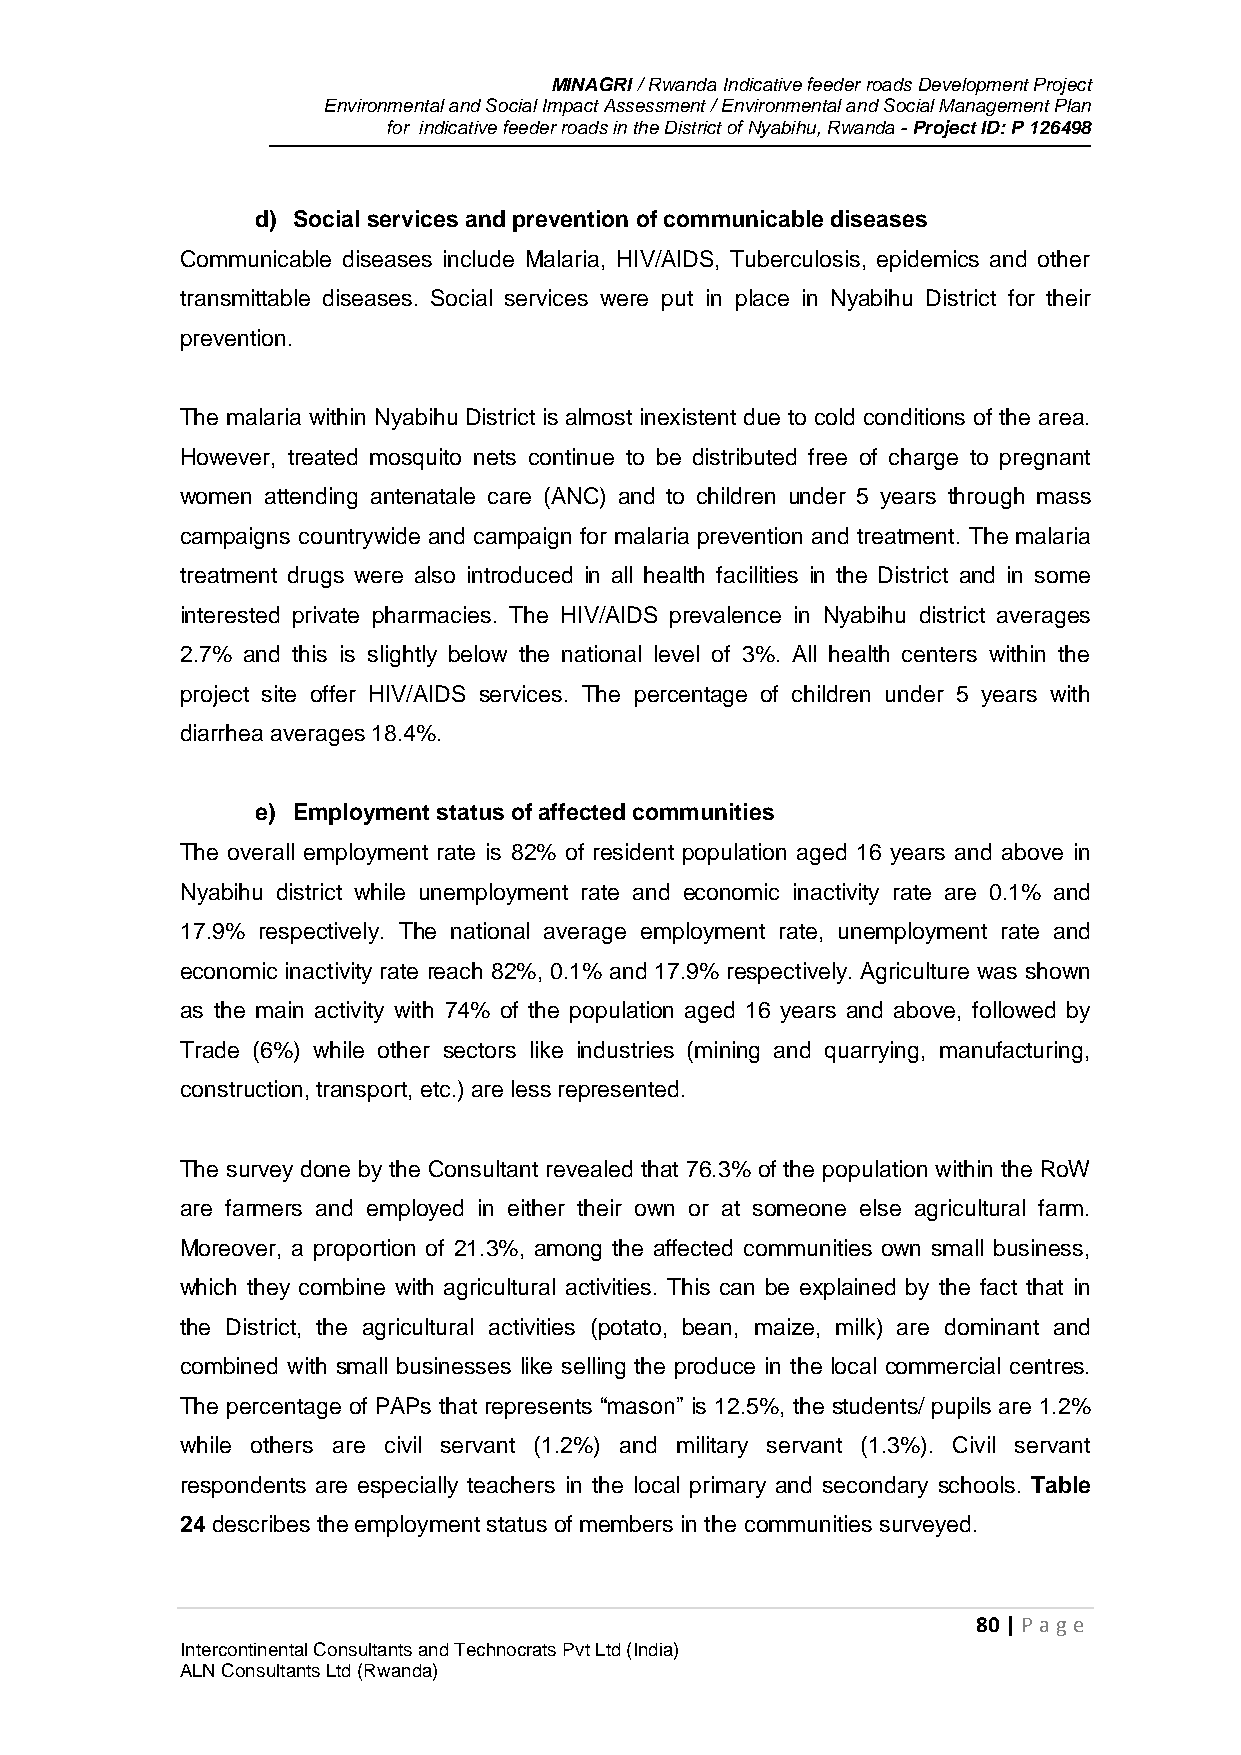
MINAGRI / Rwanda Indicative feeder roads Development Project
 Environmental and Social Impact Assessment / Environmental and Social Management Plan
 for indicative feeder roads in the District of Nyabihu, Rwanda - Project ID: P 126498
 d) Social services and prevention of communicable diseases
 Communicable diseases include Malaria, HIV/AIDS, Tuberculosis, epidemics and other
 transmittable diseases. Social services were put in place in Nyabihu District for their
 prevention.
 The malaria within Nyabihu District is almost inexistent due to cold conditions of the area.
 However, treated mosquito nets continue to be distributed free of charge to pregnant
 women attending antenatale care (ANC) and to children under 5 years through mass
 campaigns countrywide and campaign for malaria prevention and treatment. The malaria
 treatment drugs were also introduced in all health facilities in the District and in some
 interested private pharmacies. The HIV/AIDS prevalence in Nyabihu district averages
 2.7% and this is slightly below the national level of 3%. All health centers within the
 project site offer HIV/AIDS services. The percentage of children under 5 years with
 diarrhea averages 18.4%.
 e) Employment status of affected communities
 The overall employment rate is 82% of resident population aged 16 years and above in
 Nyabihu district while unemployment rate and economic inactivity rate are 0.1% and
 17.9% respectively. The national average employment rate, unemployment rate and
 economic inactivity rate reach 82%, 0.1% and 17.9% respectively. Agriculture was shown
 as the main activity with 74% of the population aged 16 years and above, followed by
 Trade (6%) while other sectors like industries (mining and quarrying, manufacturing,
 construction, transport, etc.) are less represented.
 The survey done by the Consultant revealed that 76.3% of the population within the RoW
 are farmers and employed in either their own or at someone else agricultural farm.
 Moreover, a proportion of 21.3%, among the affected communities own small business,
 which they combine with agricultural activities. This can be explained by the fact that in
 the District, the agricultural activities (potato, bean, maize, milk) are dominant and
 combined with small businesses like selling the produce in the local commercial centres.
 The percentage of PAPs that represents “mason” is 12.5%, the students/ pupils are 1.2%
 while others are civil servant (1.2%) and military servant (1.3%). Civil servant
 respondents are especially teachers in the local primary and secondary schools. Table
 24 describes the employment status of members in the communities surveyed.
 80 | P age
 Intercontinental Consultants and Technocrats Pvt Ltd (India)
 ALN Consultants Ltd (Rwanda)